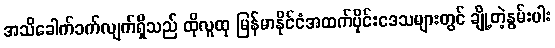
အသိခေါက်ခက်လျက်ရှိသည် ထိုလူထု မြန်မာနိုင်ငံအထက်ပိုင်းဒေသများတွင် ချို့တဲ့နွမ်းပါး